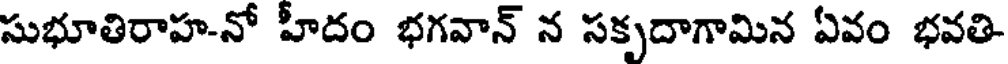
సుభూతిరాహ-నో హీదం భగవాన్ న సకృదాగామిన ఏవం భవతి-